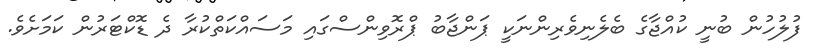
ފުލުހުން ބުނީ ކުއްޖާގެ ބެލެނިވެރިންނަކީ ޕަންޖާބު ޕްރޮވިންސްގައި މަސައްކަތްކުރާ ދެ ޑޮކްޓަރުން ކަމަށެވެ.